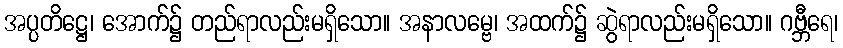
အပ္ပတိဋ္ဌေ၊ အောက်၌ တည်ရာလည်းမရှိသော။ အနာလမ္ဗေ၊ အထက်၌ ဆွဲရာလည်းမရှိသော။ ဂဗ္ဘီရေ၊